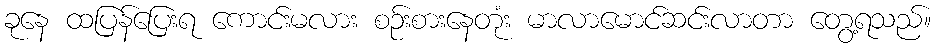
ခုနေ ထပြန်ပြေးရ ကောင်းမလား စဉ်းစားနေတုံး မာလာမောင်ဆင်းလာတာ တွေ့ရသည်။